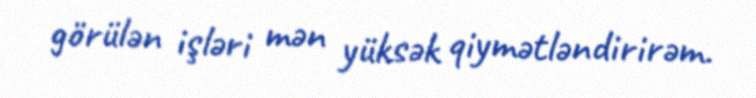
görülən işləri mən yüksək qiymətləndirirəm.